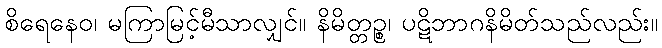
စိရေနေဝ၊ မကြာမြင့်မီသာလျှင်။ နိမိတ္တဉ္စ၊ ပဋိဘာဂနိမိတ်သည်လည်း။